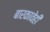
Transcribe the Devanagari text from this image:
बारकावेही